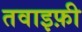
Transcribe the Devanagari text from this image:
तवाइफ़ी